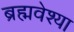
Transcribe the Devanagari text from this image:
ब्रह्मवेश्या